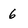
Character: 6